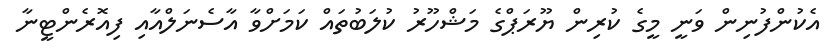
އެކުންފުނިން ވަނީ މީގެ ކުރިން ޔޫރަޕްގެ މަޝްހޫރު ކުލަބުތައް ކަމަށްވާ އާސެނަލްއާއި ފިއޮރެންޓީނާ